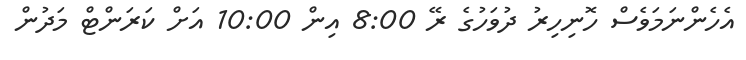
އެހެންނަމަވެސް ހޮނިހިރު ދުވަހުގެ ރޭ 8:00 އިން 10:00 އަށް ކަރަންޓް މަދުން